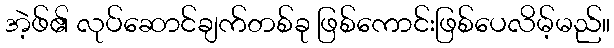
အဲ့ဖ်၏ လုပ်ဆောင်ချက်တစ်ခု ဖြစ်ကောင်းဖြစ်ပေလိမ့်မည်။